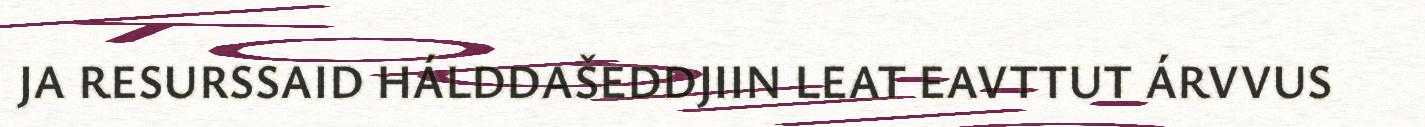
JA RESURSSAID HÁLDDAŠEDDJIIN LEAT EAVTTUT ÁRVVUS